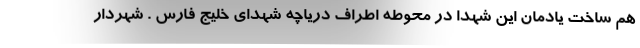
هم ساخت یادمان این شهدا در محوطه اطراف دریاچه شهدای خلیج فارس . شهردار